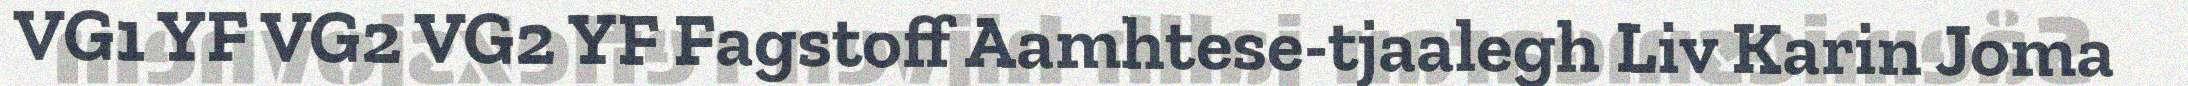
VG1 YF VG2 VG2 YF Fagstoff Aamhtese-tjaalegh Liv Karin Joma